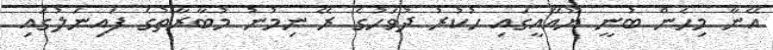
އޭނާ މިހެން ބުނީ ޔޫއޭއީގައި ހުކުރު ދުވަހުގެ ރޭ ނިމުނު މުބާރާތުގެ ފައިނަލުގައި